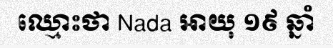
ឈ្មោះថា Nada អាយុ ១៩ ឆ្នាំ